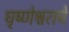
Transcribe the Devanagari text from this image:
घृष्णेश्वराचे